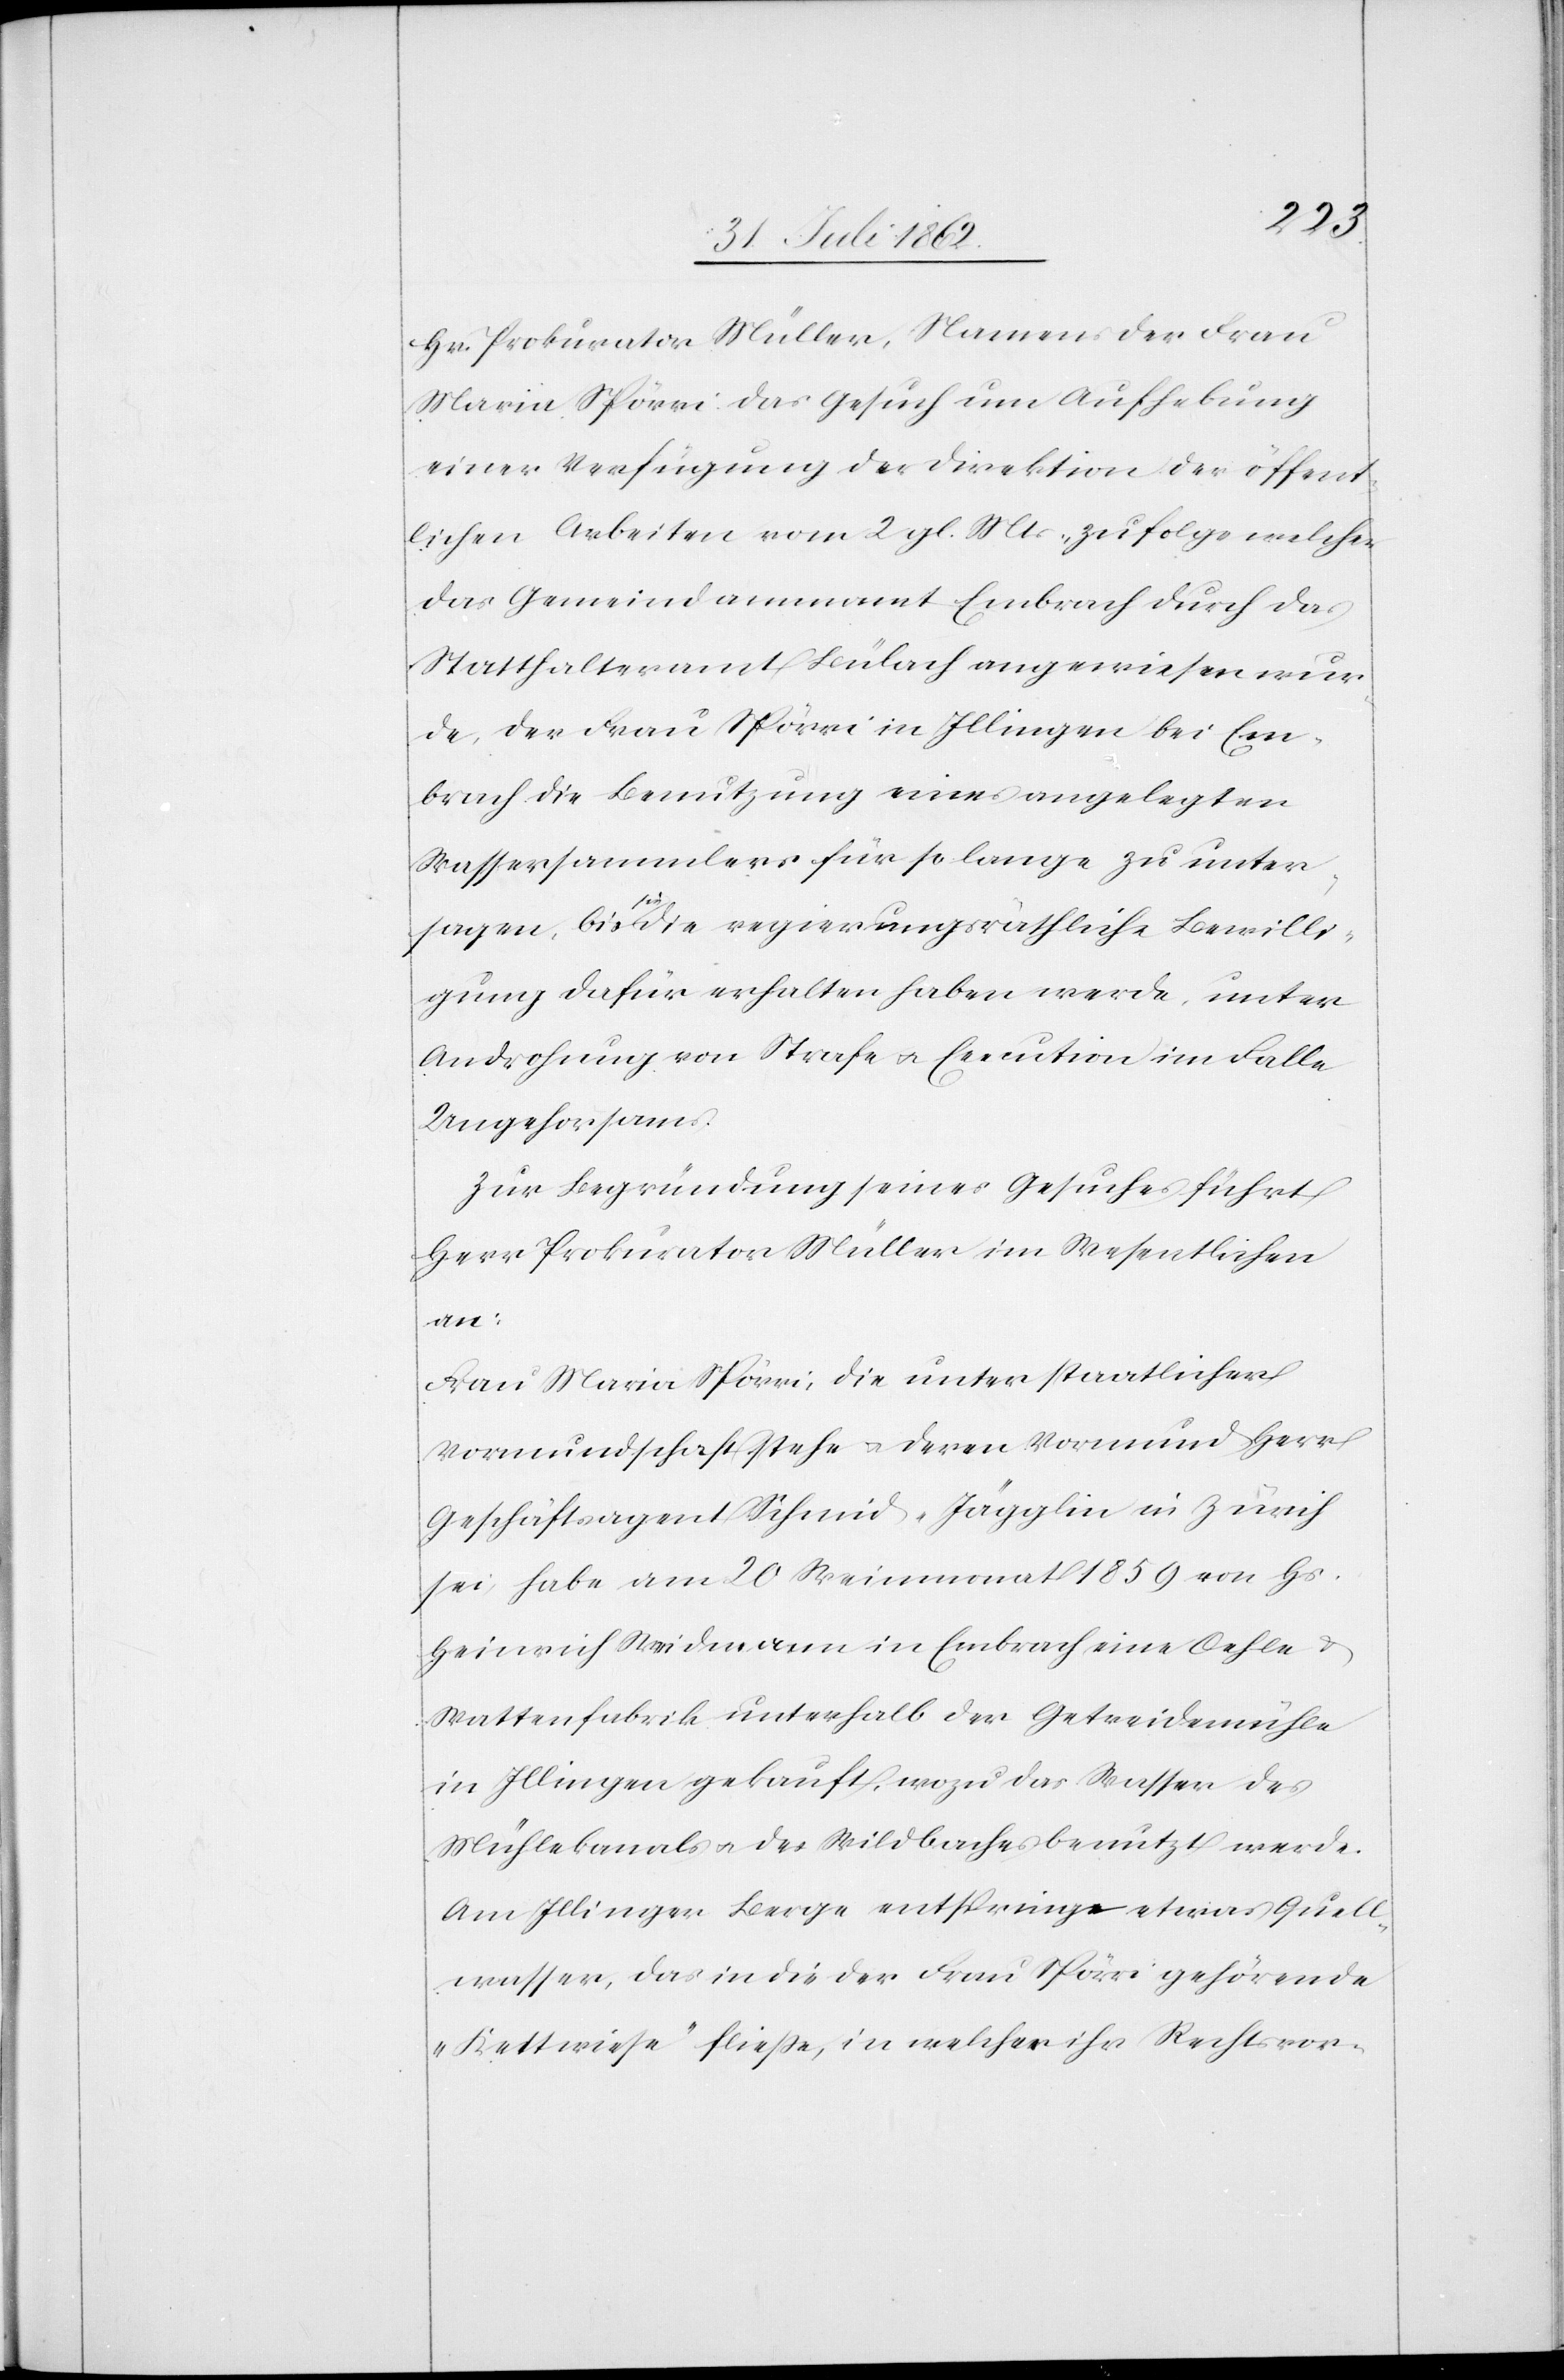
Hr. Prokurator Müller, Namens der Frau
Maria Spörri das Gesuch um Aufhebung
einer Verfügung der Direktion der öffent¬
lichen Arbeiten vom 2. gl. Mts. zu folge welcher
das Gemeindamm[ann]amt Embrach durch das
Statthalteramt Bülach angewiesen wur¬
de, der Frau Spörri in Illingen bei Em¬
brach die Benutzung eines angelegten
Wassersammlers für so lange zu unter¬
sagen, bis sie die regierungsräthliche Bewilli¬
gung dafür erhalten haben werde, unter
Androhung von Strafe u. Execution im Falle
Ungehorsams.
Zur Begründung seines Gesuches führt
Herr Prokurator Müller im Wesentlichen
an:
Frau Maria Spörri, die unter staatlicher
Vormundschaft stehe u. deren Vormund Herr
Geschäftsagent Schmid-Jägglin in Zürich
sei, habe am 20. Weinmonat 1859 von Hs.
Heinrich Weidmann in Embrach eine Oehle[-] u.
Wattenfabrik unterhalb der Getreidemühle
in Illingen gekauft, wozu das Wasser des
Mühlekanals u. des Wildbaches benutzt werde.
Am Illinger Berge entspringe etwas Quell¬
wasser, das in die der Frau Spörri gehörende
„Kettwiese“ fließe, in welcher ihr Rechtsvor-